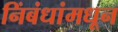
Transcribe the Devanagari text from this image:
निंबंधांमधून